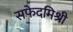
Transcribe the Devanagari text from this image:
सफेदमिश्री